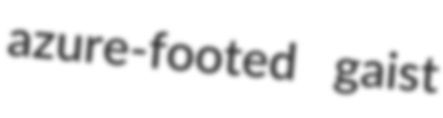
azure-footed gaist